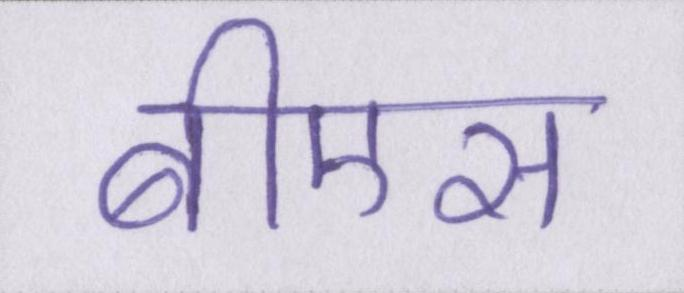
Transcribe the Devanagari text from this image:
बीएस